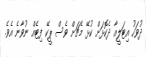
ދުވަހު އިޓަލީއާ ދެކޮޅަށް ކުޅޭ މެޗަށް ވެސް ޕީކޭ ފިޓެއް ނުވާނެ އެވެ.